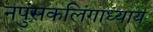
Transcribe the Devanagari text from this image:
नपुंसकलिंगाध्याय